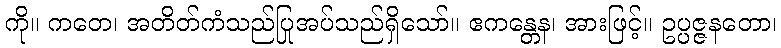
ကို။ ကတေ၊ အတိတ်ကံသည်ပြုအပ်သည်ရှိသော်။ ဧကန္တေန၊ အားဖြင့်။ ဥပ္ပဇ္ဇနတော၊